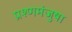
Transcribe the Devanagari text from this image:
प्रश्णमंजुषा